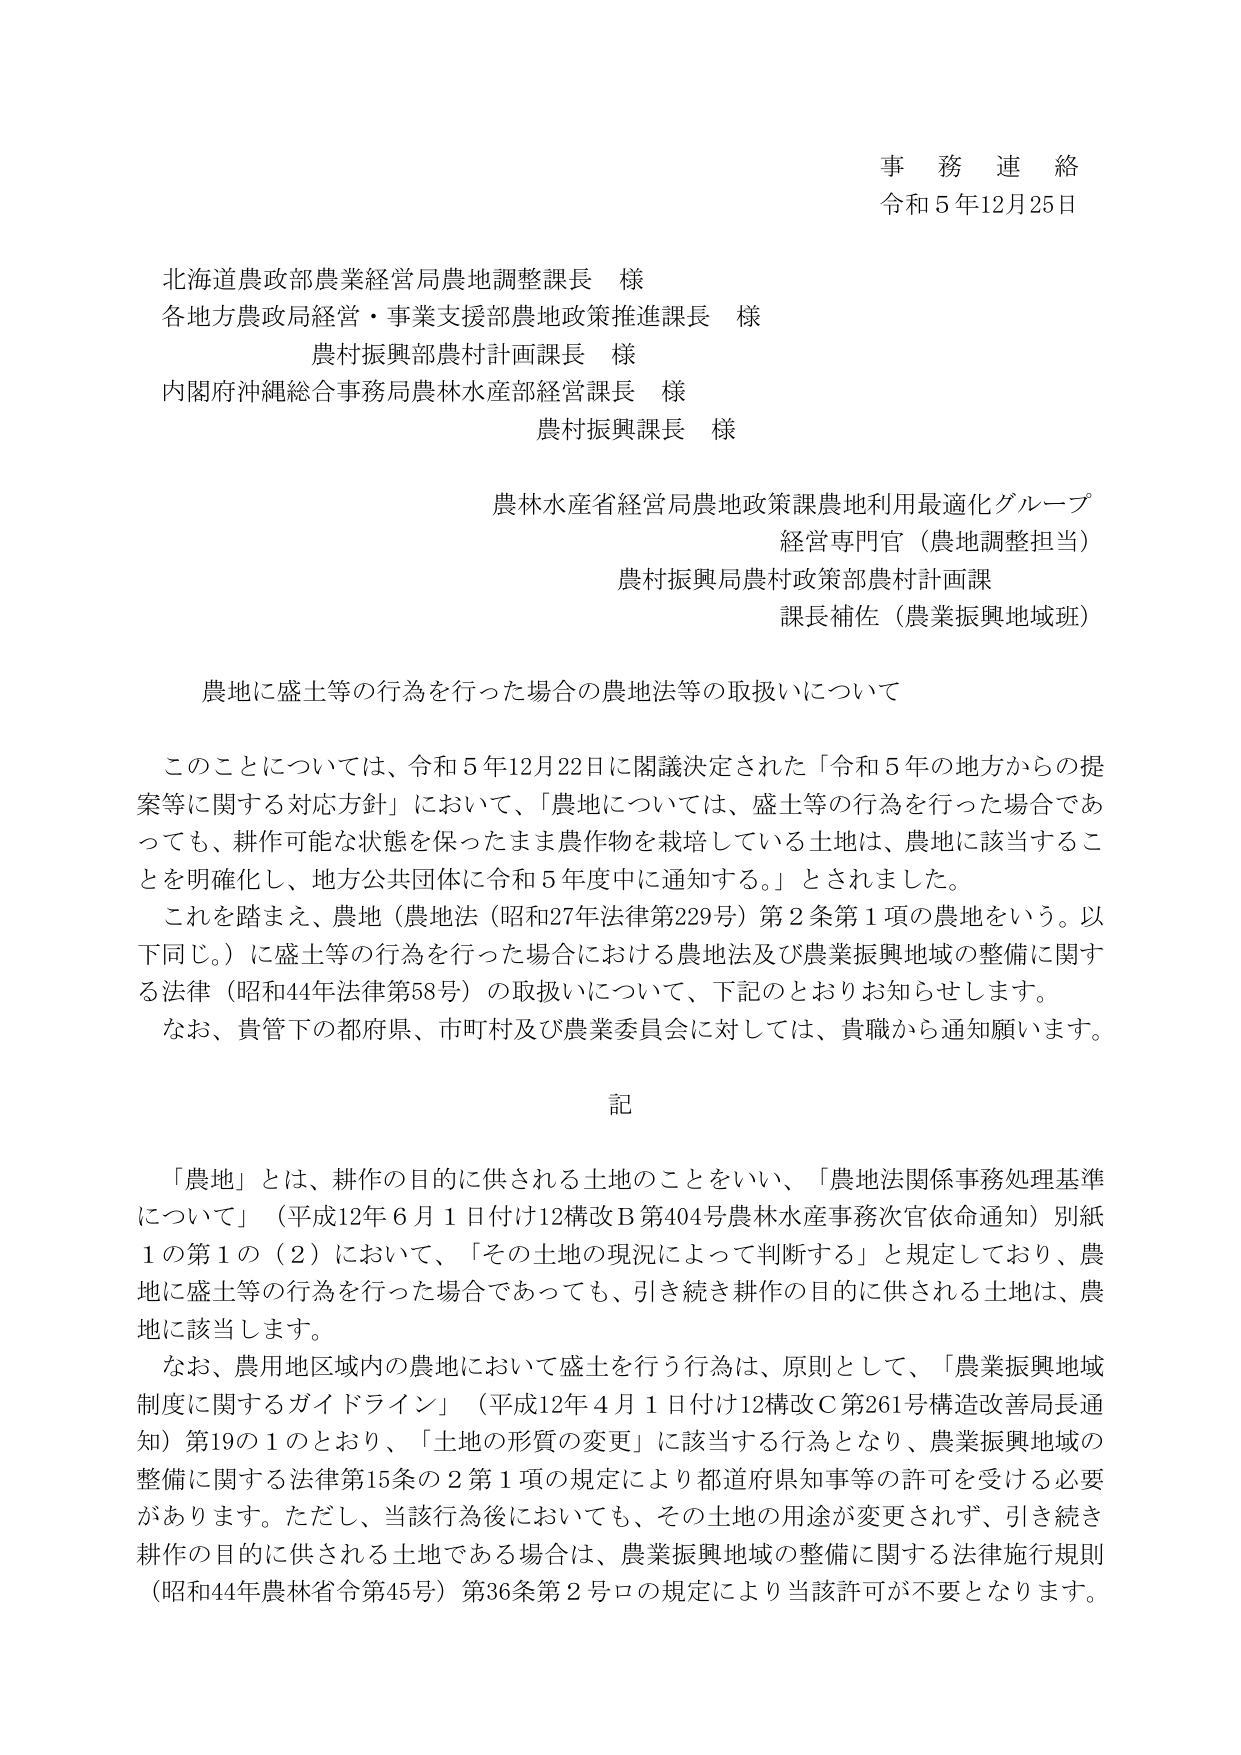
事務連絡
令和5年12月25日

北海道農政部農業経営局農地調整課長 様
各地方農政局経営・事業支援部農地政策推進課長 様
農村振興部農村計画課長 様
内閣府沖縄総合事務局農林水産部経営課長 様
農村振興課長 様

農林水産省経営局農地政策課農地利用最適化グループ
経営専門官（農地調整担当）
農村振興局農村政策部農村計画課
課長補佐（農業振興地域班）

農地に盛土等の行為を行った場合の農地法等の取扱いについて

このことについては、令和5年12月22日に閣議決定された「令和5年の地方からの提案等に関する対応方針」において、「農地については、盛土等の行為を行った場合であっても、耕作可能な状態を保ったまま農作物を栽培している土地は、農地に該当することを明確化し、地方公共団体に令和5年度中に通知する。」とされました。
これを踏まえ、農地（農地法（昭和27年法律第229号）第2条第1項の農地をいう。以下同じ。）に盛土等の行為を行った場合における農地法及び農業振興地域の整備に関する法律（昭和44年法律第58号）の取扱いについて、下記のとおりお知らせします。
なお、貴管下の都府県、市町村及び農業委員会に対しては、貴職から通知願います。

記

「農地」とは、耕作の目的に供される土地のことをいい、「農地法関係事務処理基準について」（平成12年6月1日付け12構改B第404号農林水産事務次官依命通知）別紙1の第1の（2）において、「その土地の現況によって判断する」と規定しており、農地に盛土等の行為を行った場合であっても、引き続き耕作の目的に供される土地は、農地に該当します。
なお、農用地区域内の農地において盛土を行う行為は、原則として、「農業振興地域制度に関するガイドライン」（平成12年4月1日付け12構改C第261号構造改善局長通知）第19の1のとおり、「土地の形質の変更」に該当する行為となり、農業振興地域の整備に関する法律第15条の2第1項の規定により都道府県知事等の許可を受ける必要があります。ただし、当該行為後においても、その土地の用途が変更されず、引き続き耕作の目的に供される土地である場合は、農業振興地域の整備に関する法律施行規則（昭和44年農林省令第45号）第36条第2号ロの規定により当該許可が不要となります。